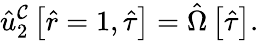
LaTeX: \hat{u}_{2}^{\mathcal{C}}\left[\hat{r}=1,\hat{\tau}\right]=\hat{\Omega}\left[\hat{\tau}\right].